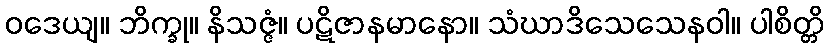
ဝဒေယျ။ ဘိက္ခု။ နိသဇ္ဇံ။ ပဋိဇာနမာနော။ သံဃာဒိသေသေနဝါ။ ပါစိတ္တိ